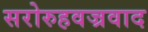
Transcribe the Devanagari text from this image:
सरोरुहवज्रवाद